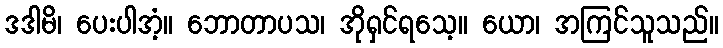
ဒဒါမိ၊ ပေးပါအံ့။ ဘောတာပသ၊ အိုရှင်ရသေ့။ ယော၊ အကြင်သူသည်။